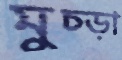
মুচ্‌ড়া